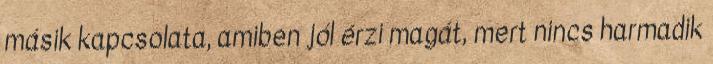
másik kapcsolata, amiben jól érzi magát, mert nincs harmadik